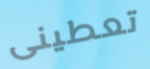
تعطينى